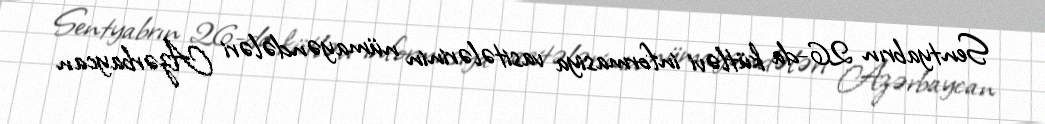
Sentyabrın 26-da kütləvi informasiya vasitələrinin nümayəndələri Azərbaycan